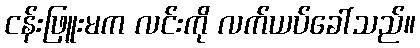
ငန်းဖြူးမက လင်းကို လက်ယပ်ခေါ်သည်။